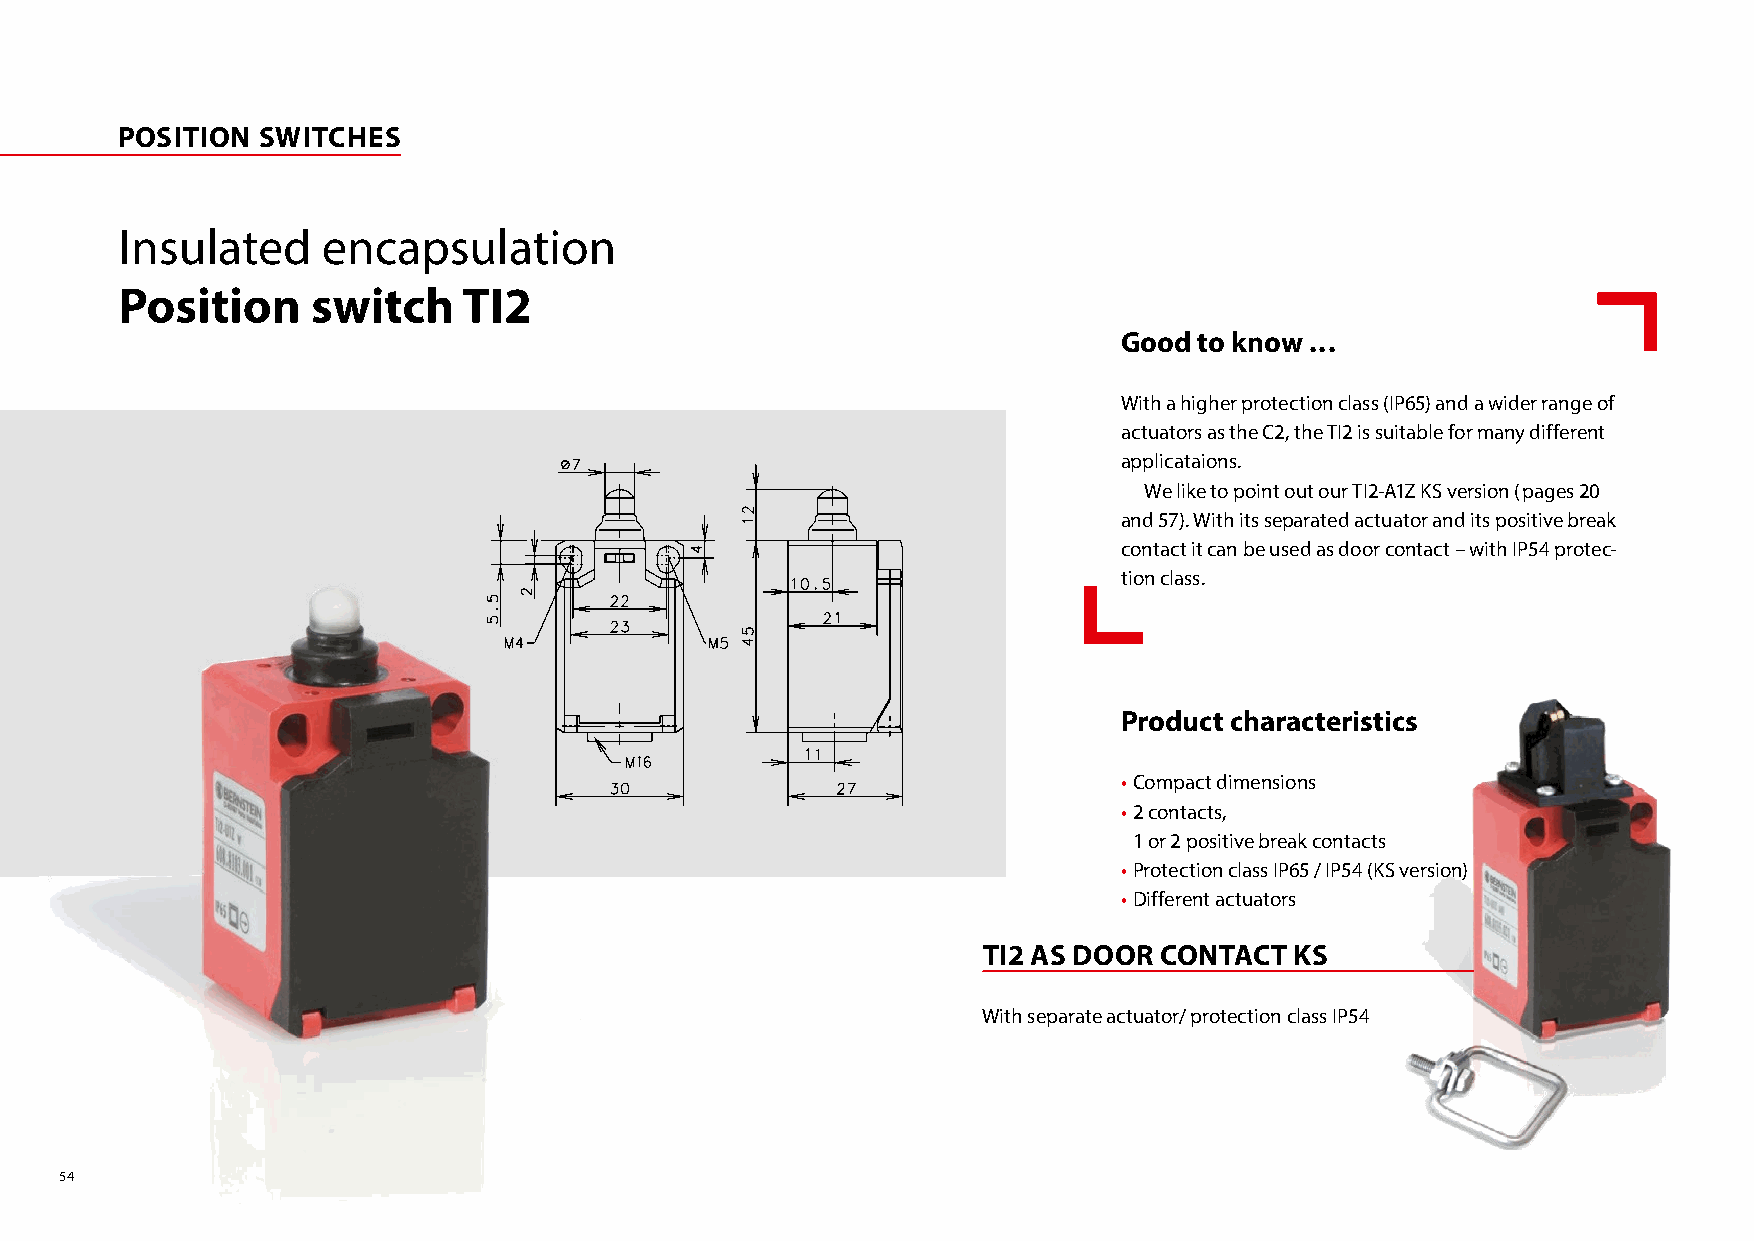
POSITION SWITCHES
 Insulated    encapsulation
 Position     switch    TI2
 Good to know ...
 With a higher protection class (IP65) and a wider range of
 actuators as the C2, the TI2 is suitable for many different
 applicataions.
 We like to point out our TI2-A1Z KS version (pages 20
 and 57). With its separated actuator and its positive break
 contact it can be used as door contact – with IP54 protec-
 tion class.
 Product characteristics
 • Compact dimensions
 • 2 contacts,
 1 or 2 positive break contacts
 • Protection class IP65 / IP54 (KS version)
 • Different actuators
 TI2 AS DOOR CONTACT  KS
 With separate actuator/ protection class IP54
 54